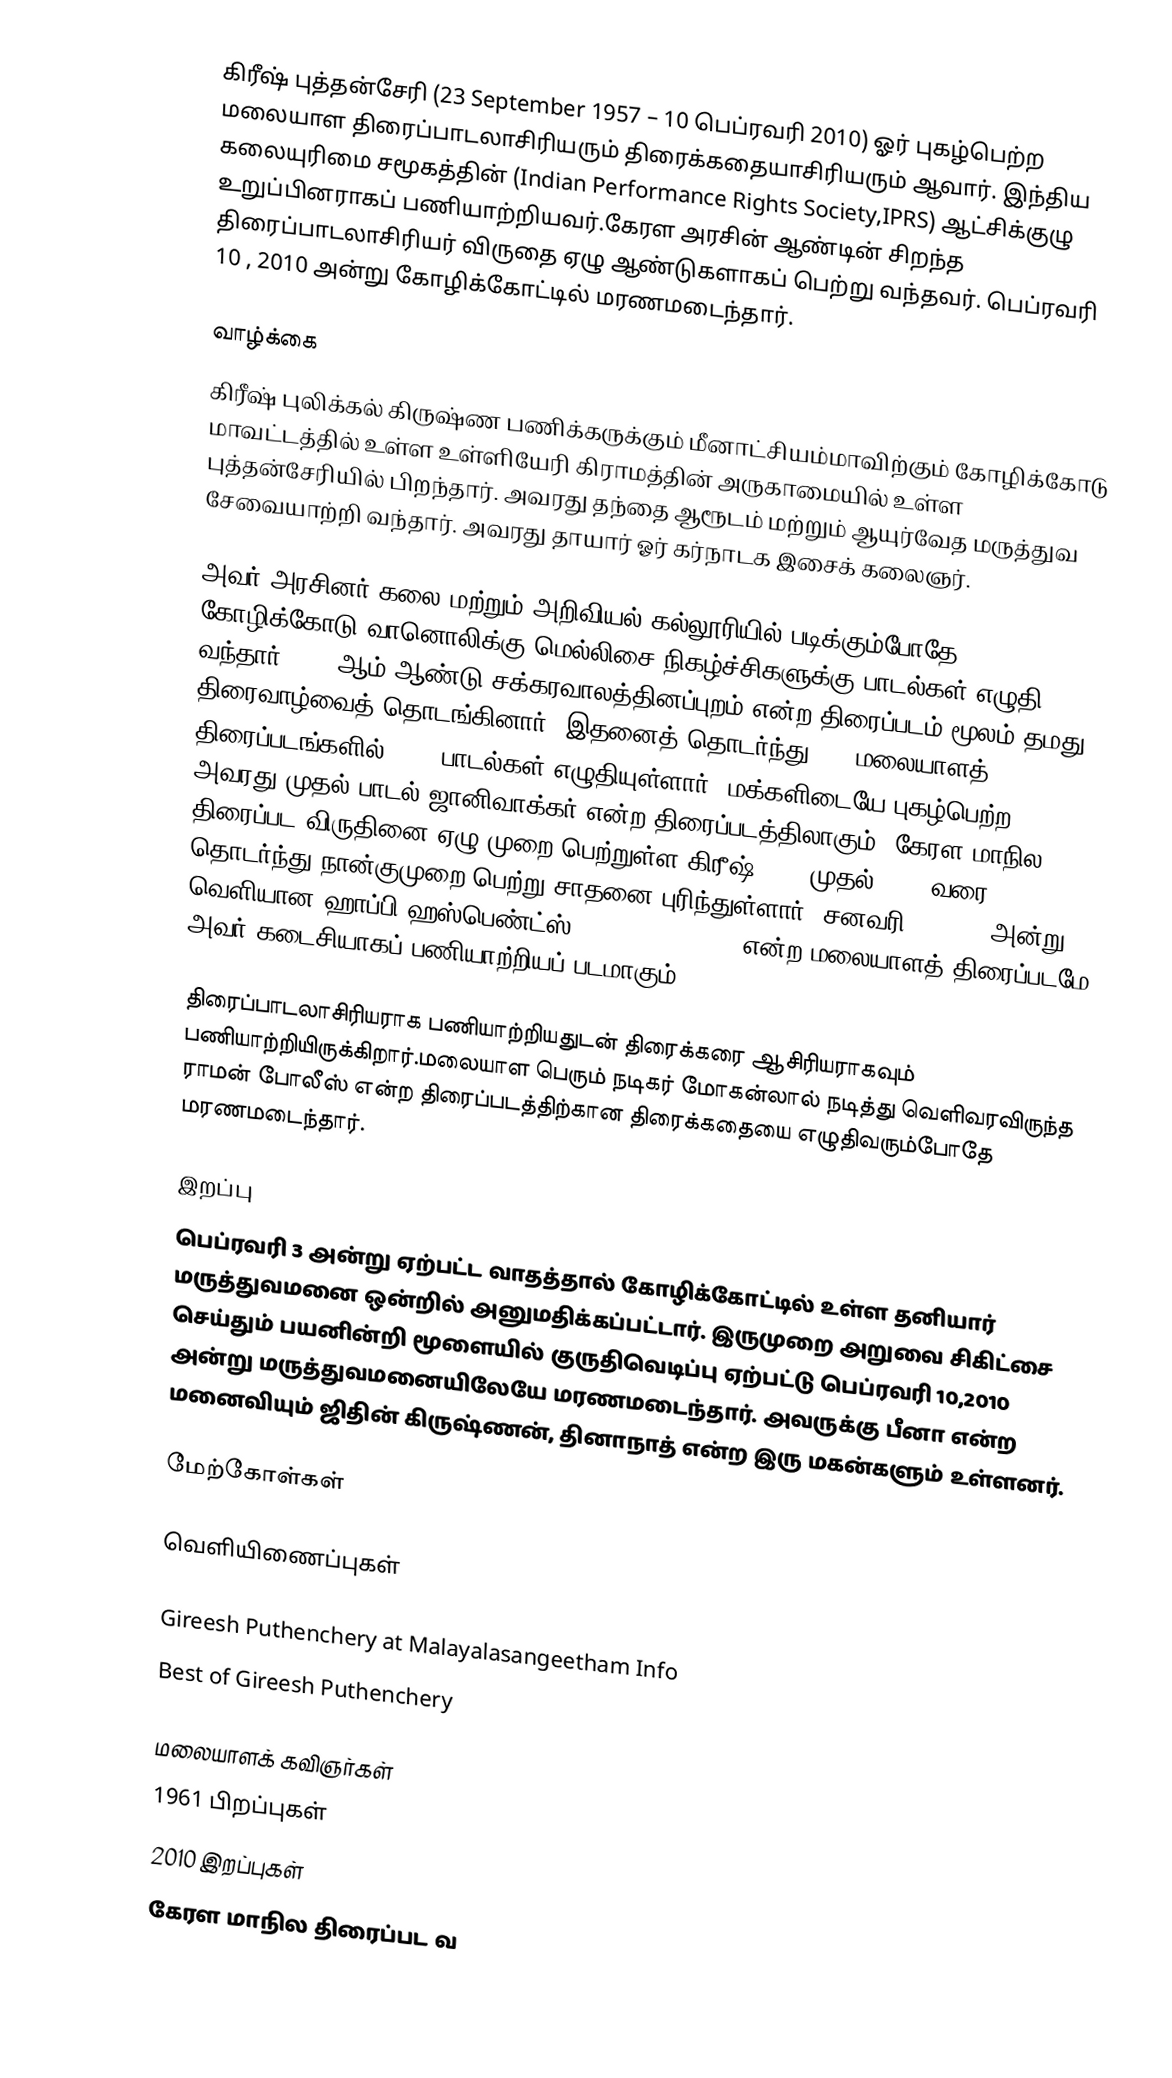
கிரீஷ் புத்தன்சேரி (23 September 1957 – 10 பெப்ரவரி 2010) ஓர் புகழ்பெற்ற மலையாள திரைப்பாடலாசிரியரும் திரைக்கதையாசிரியரும் ஆவார். இந்திய கலையுரிமை சமூகத்தின் (Indian Performance Rights Society,IPRS) ஆட்சிக்குழு உறுப்பினராகப் பணியாற்றியவர்.கேரள அரசின் ஆண்டின் சிறந்த திரைப்பாடலாசிரியர் விருதை ஏழு ஆண்டுகளாகப் பெற்று வந்தவர்.  பெப்ரவரி 10 , 2010 அன்று கோழிக்கோட்டில் மரணமடைந்தார்.

வாழ்க்கை
கிரீஷ் புலிக்கல் கிருஷ்ண பணிக்கருக்கும் மீனாட்சியம்மாவிற்கும் கோழிக்கோடு மாவட்டத்தில் உள்ள உள்ளியேரி கிராமத்தின் அருகாமையில் உள்ள புத்தன்சேரியில் பிறந்தார். அவரது தந்தை ஆரூடம் மற்றும் ஆயுர்வேத மருத்துவ சேவையாற்றி வந்தார். அவரது தாயார் ஓர் கர்நாடக இசைக் கலைஞர்.

அவர் அரசினர் கலை மற்றும் அறிவியல் கல்லூரியில் படிக்கும்போதே கோழிக்கோடு வானொலிக்கு மெல்லிசை நிகழ்ச்சிகளுக்கு பாடல்கள் எழுதி வந்தார். 1988ஆம் ஆண்டு சக்கரவாலத்தினப்புறம் என்ற திரைப்படம் மூலம் தமது திரைவாழ்வைத் தொடங்கினார். இதனைத் தொடர்ந்து 328 மலையாளத் திரைப்படங்களில் 1556 பாடல்கள் எழுதியுள்ளார். மக்களிடையே புகழ்பெற்ற அவரது முதல் பாடல் ஜானிவாக்கர் என்ற திரைப்படத்திலாகும். கேரள மாநில திரைப்பட விருதினை ஏழு முறை பெற்றுள்ள கிரீஷ் 2001 முதல் 2004 வரை தொடர்ந்து நான்குமுறை பெற்று சாதனை புரிந்துள்ளார். சனவரி 14,2010 அன்று வெளியான ஹாப்பி ஹஸ்பெண்ட்ஸ் (Happy Husbands) என்ற மலையாளத் திரைப்படமே அவர் கடைசியாகப் பணியாற்றியப் படமாகும்.

திரைப்பாடலாசிரியராக பணியாற்றியதுடன் திரைக்கரை ஆசிரியராகவும் பணியாற்றியிருக்கிறார்.மலையாள பெரும் நடிகர் மோகன்லால் நடித்து வெளிவரவிருந்த ராமன் போலீஸ் என்ற திரைப்படத்திற்கான திரைக்கதையை எழுதிவரும்போதே  மரணமடைந்தார்.

இறப்பு
பெப்ரவரி 3 அன்று ஏற்பட்ட வாதத்தால் கோழிக்கோட்டில் உள்ள தனியார் மருத்துவமனை ஒன்றில் அனுமதிக்கப்பட்டார். இருமுறை அறுவை சிகிட்சை செய்தும் பயனின்றி மூளையில் குருதிவெடிப்பு ஏற்பட்டு பெப்ரவரி 10,2010 அன்று மருத்துவமனையிலேயே மரணமடைந்தார். அவருக்கு பீனா என்ற மனைவியும் ஜிதின் கிருஷ்ணன், தினாநாத் என்ற இரு மகன்களும் உள்ளனர்.

மேற்கோள்கள்

வெளியிணைப்புகள்

  Gireesh Puthenchery at Malayalasangeetham  Info
   Best of Gireesh Puthenchery

மலையாளக் கவிஞர்கள்
1961 பிறப்புகள்
2010 இறப்புகள்
கேரள மாநில திரைப்பட வ